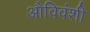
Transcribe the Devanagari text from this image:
औविवंशी